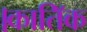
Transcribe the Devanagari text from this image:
।कातिॅक